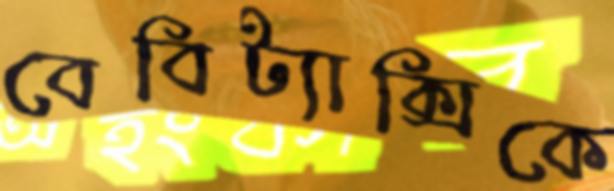
বেবিট্যাক্সিকে